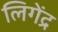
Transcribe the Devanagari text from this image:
लिगेंद्र